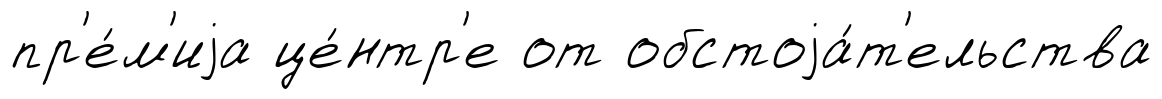
пр'е́м'иjа це́нтр'е от обстоjа́т'ельства